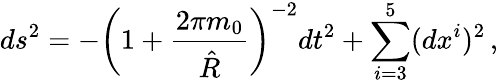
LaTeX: ds^{2}=-\left(1+{\frac{2\pi m_{0}}{\hat{R}}}\right)^{-2}dt^{2}+\sum_{i=3}^{5}(dx^{i})^{2}\, ,